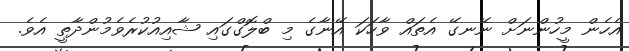
އެހެން މީހުންނަށް ނޭނގޭ އެތައް ވާހަކަ އޭނާގެ މި ބްލޮގްގައި ޝާއިއުކުރެވެމުންދާތީ އެވެ.